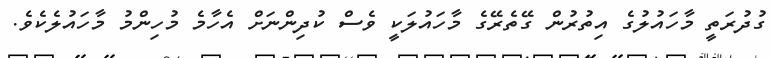
ގުދުރަތީ މާހައުލުގެ އިތުރުން ގޭތެރޭގެ މާހައުލަކީ ވެސް ކުދިންނަށް އެހާމެ މުހިންމު މާހައުލެކެވެ.